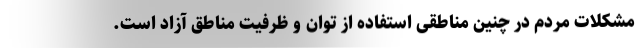
مشکلات مردم در چنین مناطقی استفاده از توان و ظرفیت مناطق آزاد است.